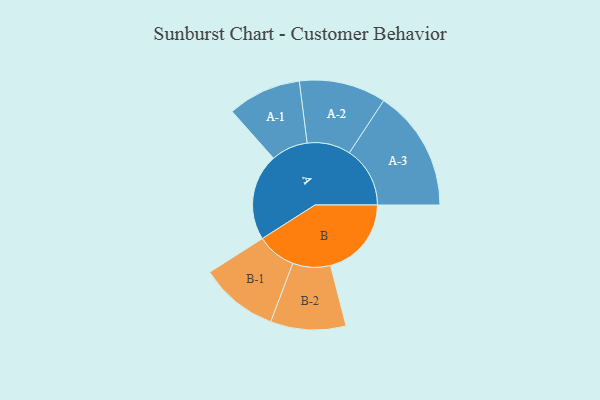
{"axis": {"x": "Segment", "y": "Value"}, "legend": ["", "A", "B"], "data": [{"x": "A", "y": 377, "type": ""}, {"x": "B", "y": 352, "type": ""}, {"x": "A-1", "y": 160, "type": "A"}, {"x": "A-2", "y": 189, "type": "A"}, {"x": "A-3", "y": 264, "type": "A"}, {"x": "B-1", "y": 171, "type": "B"}, {"x": "B-2", "y": 164, "type": "B"}]}